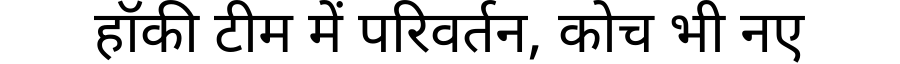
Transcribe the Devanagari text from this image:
हॉकी टीम में परिवर्तन, कोच भी नए